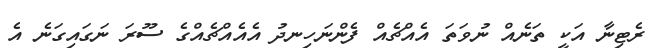
ރެޓިނާ އަކީ ތަނެއް ނުވަތަ އެއްޗެއް ފެންނަހިނދު އެއެއްޗެއްގެ ސޫރަ ނަގައިގަނެ އެ